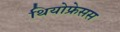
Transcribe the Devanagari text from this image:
थियोफ्रेसस